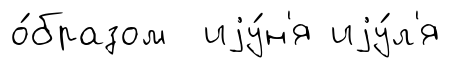
о́бразом иjу́н'я иjу́л'я